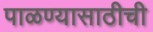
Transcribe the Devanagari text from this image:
पाळण्यासाठीची